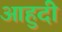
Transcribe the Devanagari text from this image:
आहुदी